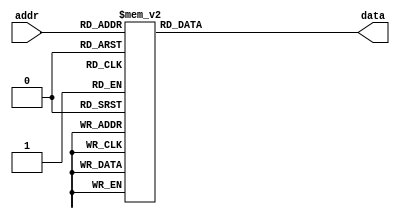
module rom(addr,data);
parameter ADDRESS_WIDTH=8;
input [ADDRESS_WIDTH-1:0] addr;
output reg [7:0] data;
always @(addr) begin
 case (addr)
   0 : data = 8'hB7;
   1 : data = 8'h07;
   2 : data = 8'h01;
   3 : data = 8'h00;
   4 : data = 8'h93;
   5 : data = 8'h87;
   6 : data = 8'h87;
   7 : data = 8'h07;
   8 : data = 8'h13;
   9 : data = 8'h07;
  10 : data = 8'h80;
  11 : data = 8'h04;
  12 : data = 8'hB7;
  13 : data = 8'h26;
  14 : data = 8'h00;
  15 : data = 8'h40;
  16 : data = 8'h23;
  17 : data = 8'h80;
  18 : data = 8'hE6;
  19 : data = 8'h00;
  20 : data = 8'h93;
  21 : data = 8'h87;
  22 : data = 8'h17;
  23 : data = 8'h00;
  24 : data = 8'h03;
  25 : data = 8'hC7;
  26 : data = 8'h07;
  27 : data = 8'h00;
  28 : data = 8'hE3;
  29 : data = 8'h1A;
  30 : data = 8'h07;
  31 : data = 8'hFE;
  32 : data = 8'h67;
  33 : data = 8'h80;
  34 : data = 8'h00;
  35 : data = 8'h00;
  36 : data = 8'h48;
  37 : data = 8'h65;
  38 : data = 8'h6C;
  39 : data = 8'h6C;
  40 : data = 8'h6F;
  41 : data = 8'h20;
  42 : data = 8'h52;
  43 : data = 8'h49;
  44 : data = 8'h53;
  45 : data = 8'h43;
  46 : data = 8'h2D;
  47 : data = 8'h56;
  48 : data = 8'h21;
  49 : data = 8'h0A;
  50 : data = 8'h00;
  51 : data = 8'h00;
  52 : data = 8'h00;
  53 : data = 8'h00;
  54 : data = 8'h00;
  55 : data = 8'h00;
  56 : data = 8'h00;
  57 : data = 8'h00;
  58 : data = 8'h00;
  59 : data = 8'h00;
  60 : data = 8'h00;
  61 : data = 8'h00;
  62 : data = 8'h00;
  63 : data = 8'h00;
  64 : data = 8'h00;
  65 : data = 8'h00;
  66 : data = 8'h00;
  67 : data = 8'h00;
  68 : data = 8'h00;
  69 : data = 8'h00;
  70 : data = 8'h00;
  71 : data = 8'h00;
  72 : data = 8'h00;
  73 : data = 8'h00;
  74 : data = 8'h00;
  75 : data = 8'h00;
  76 : data = 8'h00;
  77 : data = 8'h00;
  78 : data = 8'h00;
  79 : data = 8'h00;
  80 : data = 8'h00;
  81 : data = 8'h00;
  82 : data = 8'h00;
  83 : data = 8'h00;
  84 : data = 8'hB7;
  85 : data = 8'h07;
  86 : data = 8'h01;
  87 : data = 8'h00;
  88 : data = 8'h93;
  89 : data = 8'h87;
  90 : data = 8'h87;
  91 : data = 8'h07;
  92 : data = 8'h13;
  93 : data = 8'h07;
  94 : data = 8'h80;
  95 : data = 8'h04;
  96 : data = 8'hB7;
  97 : data = 8'h26;
  98 : data = 8'h00;
  99 : data = 8'h40;
 100 : data = 8'h23;
 101 : data = 8'h80;
 102 : data = 8'hE6;
 103 : data = 8'h00;
 104 : data = 8'h93;
 105 : data = 8'h87;
 106 : data = 8'h17;
 107 : data = 8'h00;
 108 : data = 8'h03;
 109 : data = 8'hC7;
 110 : data = 8'h07;
 111 : data = 8'h00;
 112 : data = 8'hE3;
 113 : data = 8'h1A;
 114 : data = 8'h07;
 115 : data = 8'hFE;
 116 : data = 8'h67;
 117 : data = 8'h80;
 118 : data = 8'h00;
 119 : data = 8'h00;
 120 : data = 8'h48;
 121 : data = 8'h65;
 122 : data = 8'h6C;
 123 : data = 8'h6C;
 124 : data = 8'h6F;
 125 : data = 8'h20;
 126 : data = 8'h52;
 127 : data = 8'h49;
 128 : data = 8'h53;
 129 : data = 8'h43;
 130 : data = 8'h2D;
 131 : data = 8'h56;
 132 : data = 8'h21;
 133 : data = 8'h0A;
 134 : data = 8'h00;
 135 : data = 8'h00;
 default : data = 8'h01;
 endcase
end
endmodule